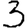
Digit: 3